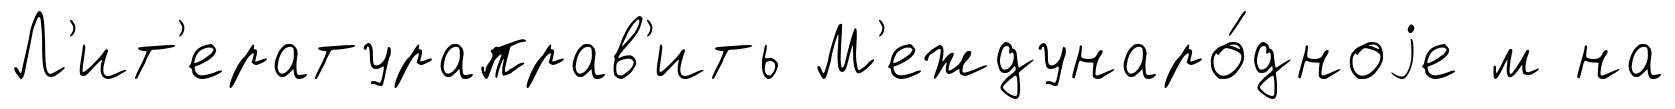
Л'ит'ератураправ'ить М'еждунаро́дноjе м на